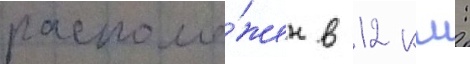
располо́жен в 12 км: